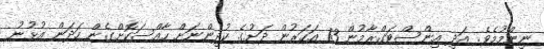
ނިންމުމެވެ. އަދި އިންސްޓަގްރާމުން 13 އަހަރުން ދަށުގެ ކުދިންނަށް ހާއްސަކޮށްގެން ހަދަން އުޅުނު